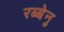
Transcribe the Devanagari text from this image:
रब्बेनु